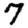
Digit: 7